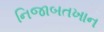
નિજાબતખાન